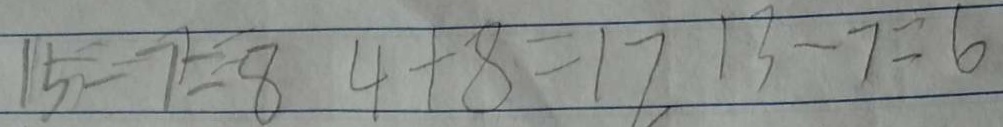
1 5 - 7 = 8 4 + 8 = 1 2 1 3 - 7 = 6